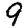
Digit: 9